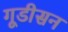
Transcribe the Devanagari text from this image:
गूडीसन